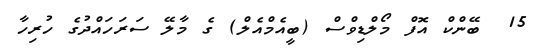
15  ބޭންކް އޮފް މޯލްޑިވްސް (ބީއެމްއެލް) ގެ މާލޭ ސަރަހައްދުގެ ހުރިހާ